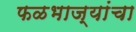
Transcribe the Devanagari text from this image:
फळभाज्यांचा